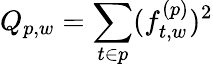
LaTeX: Q_{p,w}=\sum_{t\in p}(f_{t,w}^{(p)})^{2}